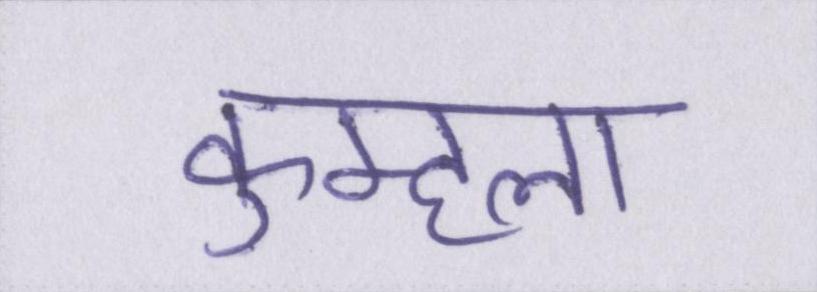
कुम्हला